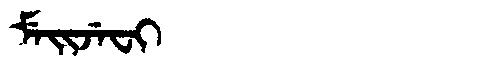
Manchu: ᠮᡝᡳᠵᡝᠸᡳ
Romanization: MEIJEFI